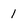
Character: 1